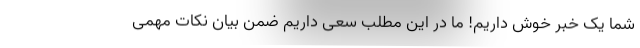
شما یک خبر خوش داریم! ما در این مطلب سعی داریم ضمن بیان نکات مهمی